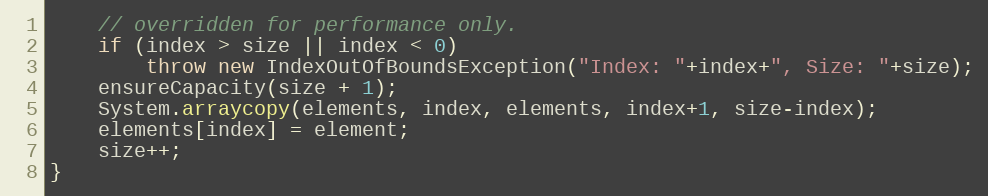
Language: Java
	// overridden for performance only.
	if (index > size || index < 0)
		throw new IndexOutOfBoundsException("Index: "+index+", Size: "+size);
	ensureCapacity(size + 1);
	System.arraycopy(elements, index, elements, index+1, size-index);
	elements[index] = element;
	size++;
}